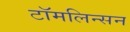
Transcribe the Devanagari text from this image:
टॉमलिन्सन